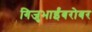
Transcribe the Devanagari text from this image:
गिजुभाईंबरोबर